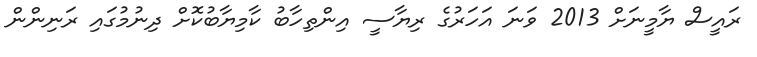
ރައީސް ޔާމީނަށް 2013 ވަނަ އަހަރުގެ ރިޔާސީ އިންތިހާބު ކާމިޔާބުކޮށް ދިނުމުގައި ރަނިންން